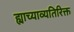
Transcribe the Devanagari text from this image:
ह्याच्याव्यतिरिक्त